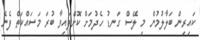
ކައިރިން ބަލާލުމުން މި ލޭސް ގަނޑު ހެދުމަށް ކޮށްފައިވާ ބުރަ މަސައްކަތް ފެނެ